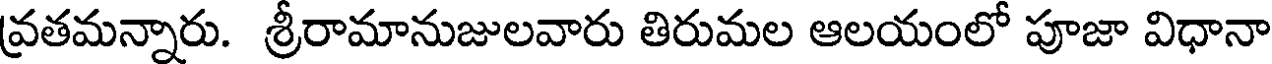
వ్రతమన్నారు. శ్రీరామానుజులవారు తిరుమల ఆలయంలో పూజా విధానా